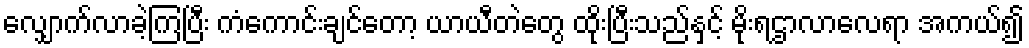
လျှောက်လာခဲ့ကြပြီး ကံကောင်းချင်တော့ ယာယီတဲတွေ ထိုးပြီးသည်နှင့် မိုးရဌာလာလေရာ အကယ်၍